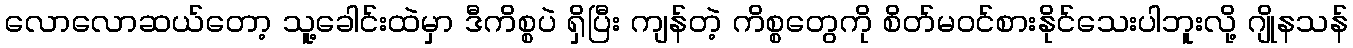
လောလောဆယ်တော့ သူ့ခေါင်းထဲမှာ ဒီကိစ္စပဲ ရှိပြီး ကျန်တဲ့ ကိစ္စတွေကို စိတ်မဝင်စားနိုင်သေးပါဘူးလို့ ဂျိုနသန်